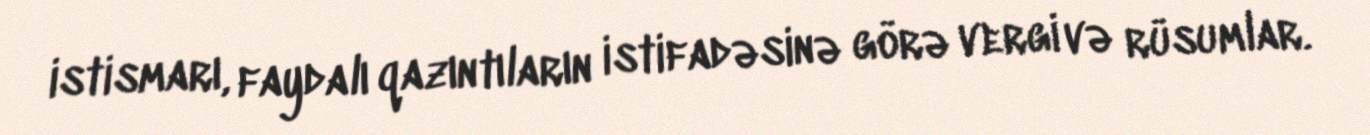
istismarı, faydalı qazıntıların istifadəsinə görə vergi və rüsumlar.